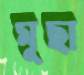
মূছা